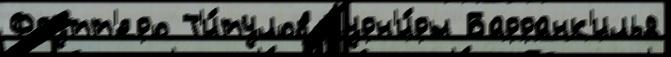
Фрутт'еро Т'и́тулов Турн'и́ры Барранк'илья